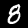
Digit: 8